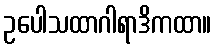
ဥပေါသထာဂါရာဒိကထာ။